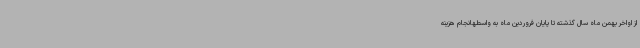
از اواخر بهمن ماه سال گذشته تا پایان فروردین ماه به واسطهانجام هزینه